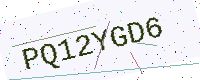
Text: PQ12YGD6